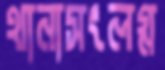
থানাসংলগ্ন